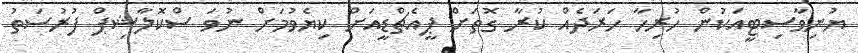
ޔުނިވާސިޓީއަކުން ހުރިހާ ހަރަދެއް ކުރާ ގޮތަށް ޕީއެޗްޑީއަށް ކިޔެވުމަށް ނުވަ ސްކޮލާޝިޕް ފުރުސަތު